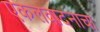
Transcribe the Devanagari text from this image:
एकलवादनाचा